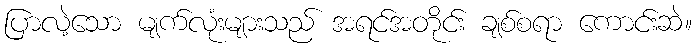
ပြာလဲ့သော မျက်လုံးများသည် အရင်အတိုင်း ချစ်စရာ ကောင်းဆဲ။